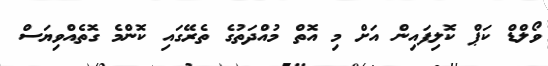
ވޯލްޑް ކަޕް ކޮލިފައިން އަށް މި އޮތް މުއްދަތުގެ ތެރޭގައި ކޮންމެ ގޮތެއްވިޔަސް